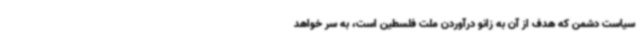
سیاست دشمن که هدف از آن به زانو درآوردن ملت فلسطین است، به سر خواهد